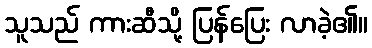
သူသည် ကားဆီသို့ ပြန်ပြေး လာခဲ့၏။